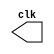
// ---------------------------
//Exercicio01_Guia09
//Nome: Marcos Felipe Martins Silva
// ---------------------------

//implementar um gerador de pulsos com o dobro do periodo

module clock ( clk );
 output clk;
 reg    clk;

 initial
  begin
   clk = 1'b0;
  end

 always
  begin
   #8 clk = ~clk;
  end
endmodule

module pulse ( signal, clock );
 input  clock;
 output signal;
 reg    signal;

 always @ ( clock )
  begin
       signal = 1'b0;
  #16  signal = 1'b1;
  #16  signal = 1'b0;

  end
endmodule // pulse

module Exercicio01;

 wire  clock;
 clock clk ( clock );

 reg   p;

 wire  p1;

 pulse   pulse1   ( p1, clock );


 initial begin
   p = 1'b0;
 end

 initial begin
  $dumpfile ( "Exercicio01.vcd" );
  $dumpvars ( 1, clock, p1, p );

  #160p = 1'b1;
  #240 p = 1'b0;
  #320 p = 1'b1;
  #400 p = 1'b0;
  #480 p = 1'b1;
  #560 p = 1'b0;
  #576 $finish;
 end

endmodule // Exercicio01